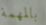
بالمهمة